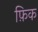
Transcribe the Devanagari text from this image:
फ़िक